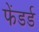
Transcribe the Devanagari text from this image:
फेंडर्ड